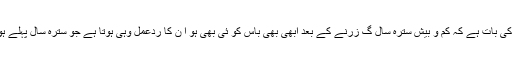
مزے کی بات ہے کہ کم و بیش سترہ سال گ زرنے کے بعد ابھی بھی باس کو ئی بھی ہو ا ن کا ردِّعمل وہی ہوتا ہے جو سترہ سال پہلے ہوتا تھا۔